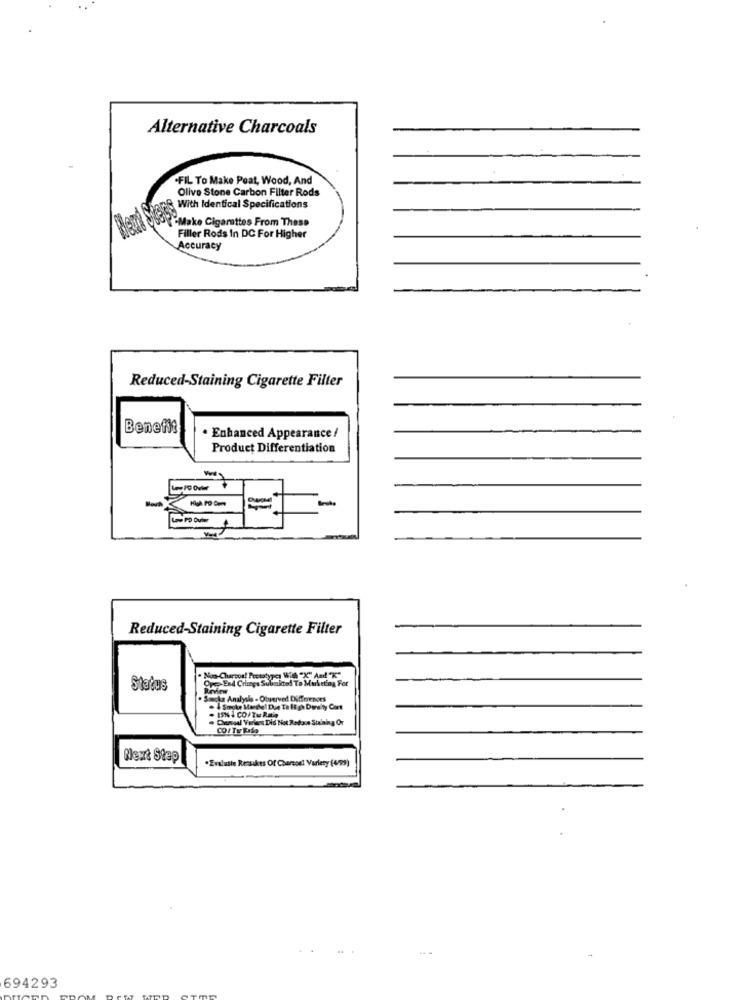
Alternative Charcoals
.FIL To Make Peat, Wood, And
Olive Stone Carbon Filter Rods
With Identical Specifications
Make Cigarettes From These
Filler Rods In DC For Higher
Accuracy
Reduced-Staining Cigarette Filter
Benefit
. Enhanced Appearance /
Product Differentiation
-
Reduced-Staining Cigarette Filter
Ope-End Crimps Subakted To Marketing For
Status
Revitw
Smoke Analysis - Otuerved Differenors
. 4 Smoke Marche! Due Ta Itgh Durchty Cont
. 15% 4 CO / Tu Batie
Chosoel Varies Did Not Redaco Staining Or
CO/ Te Falo
Rkeart Stap
.Evslutte Ressales Of Charsont Variety (099)
694293